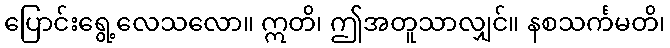
ပြောင်းရွေ့လေသလော။ ဣတိ၊ ဤအတူသာလျှင်။ နစသင်္ကမတိ၊